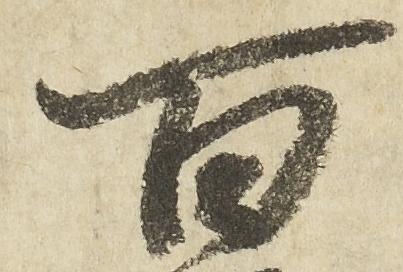
百